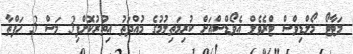
މަޓާޓޯ މޯލްޑިވްސް ޓްރެވެލް އެވޯޑްސްއަށް ކުރިމަތިލުމުގެ މުއްދަތު އިތުރުކޮށްފި3 މަސް 3 ހަފްތާ